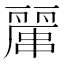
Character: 𠁖